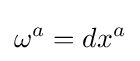
\omega ^{a}=dx^{a}